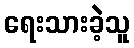
ရေးသားခဲ့သူ